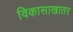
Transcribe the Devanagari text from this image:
विकासाखातर